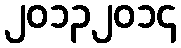
၂၀၁၃၂၀၁၄